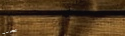
الموسيقية